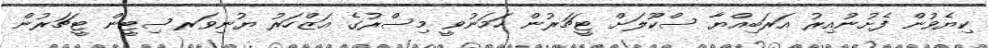
ކިޔެވުން ފެށުނުއިރު އަރަބިއްޔާ ސްކޫލަށް ޓީޗަރުން ހަމަނުވީ މިސްރުގެ އަޒްހަރު ޔުނިވަރސިޓީން ޓީޗަރުން